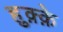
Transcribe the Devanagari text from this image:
हुक़्क़े